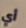
أي